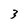
Character: 3